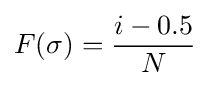
F(\sigma )={\frac {i-0.5}{N}}